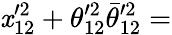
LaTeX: \mathit{x}_{12}^{\prime2}+\theta_{12}^{\prime2}\bar{{\theta}}_{12}^{\prime2}=